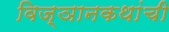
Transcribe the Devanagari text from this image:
विज्ञानकथांची